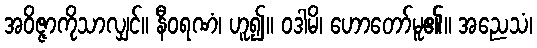
အဝိဇ္ဇာကိုသာလျှင်။ နီဝရဏံ၊ ဟူ၍။ ဝဒါမိ၊ ဟောတော်မူ၏။ အညေသံ၊